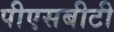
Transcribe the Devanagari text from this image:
पीएसबीटी